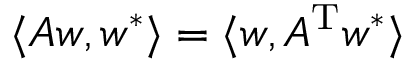
\langle A w , w ^ { * } \rangle = \langle w , A ^ { \mathrm { T } } w ^ { * } \rangle